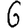
Digit: 6